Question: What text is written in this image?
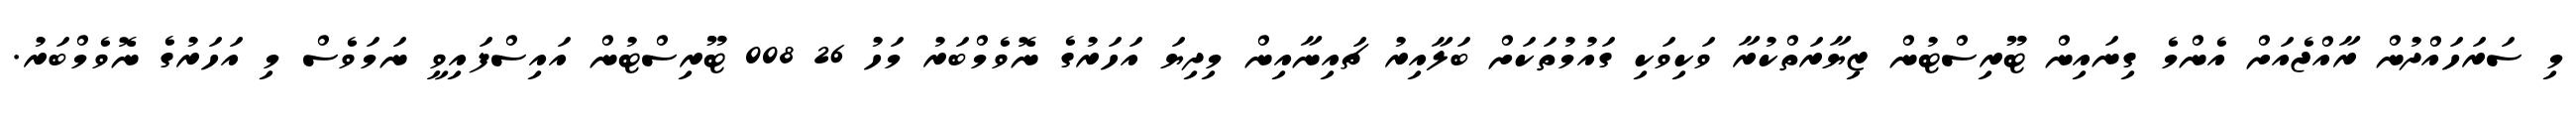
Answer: މި ސަރަހައްދުން ރާއްޖެއަށް އެންމެ ގިނައިން ޓޫރިސްޓުން ޒިޔާރަތްކުރާ ވަކިވަކި ގައުމުތަކަށް ބަލާއިރު ޗައިނާއިން މިދިޔަ އަހަރުގެ ނޮވެމްބަރު މަހު 26 008 ޓޫރިސްޓުން އައިސްފައިވީ ނަމަވެސް މި އަހަރުގެ ނޮވެމްބަރު.